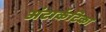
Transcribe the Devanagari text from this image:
अंटार्कटिका